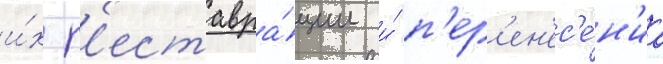
и́х р'еставра́ции и́ п'ер'ен'ес'е́н'иа